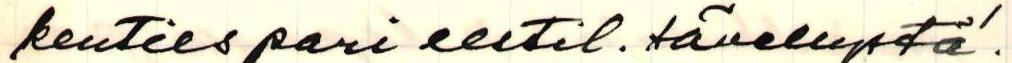
kenties pari eestil. sävellystä!